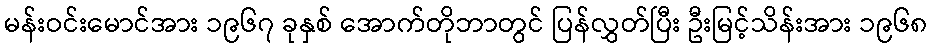
မန်းဝင်းမောင်အား ၁၉၆၇ ခုနှစ် အောက်တိုဘာတွင် ပြန်လွှတ်ပြီး ဦးမြင့်သိန်းအား ၁၉၆၈